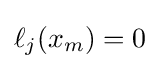
{\textstyle \ell _{j}(x_{m})=0}